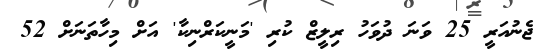
ޖެނުއަރީ 25 ވަނަ ދުވަހު ރިލީޒް ކުރި 'މަނީކަރްނިކާ' އަށް މިހާތަނަށް 52